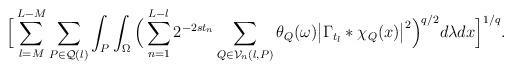
LaTeX: \begin{align*}\Big[ \sum_{l=M}^{L-M}{ \sum_{P\in\mathcal{Q}(l)}{ \int_{P}{ \int_{\Omega}{ \Big( \sum_{n=1}^{L-l}{ 2^{-2{s} {t_n}}\sum_{Q\in\mathcal{V}_n(l,P)}{\theta_Q(\omega)\big|{\Gamma}_{{t_l}}\ast\chi_Q(x)\big|^2} } \Big)^{{q}/{2}} }d\lambda}dx} } \Big]^{{1}/{q}}.\end{align*}